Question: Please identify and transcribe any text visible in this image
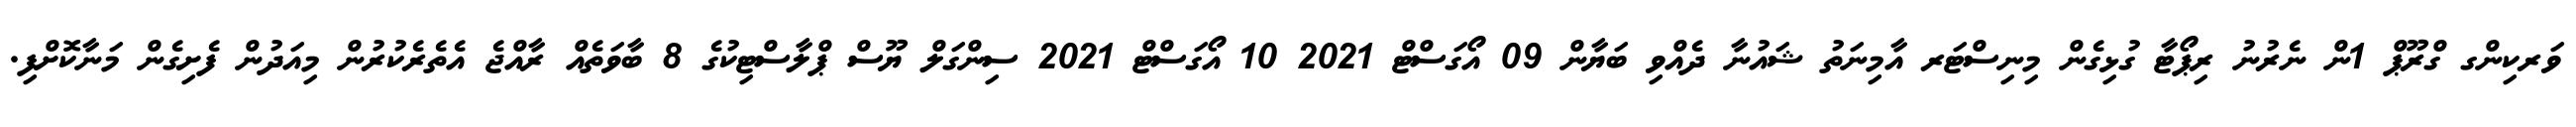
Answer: ވަރކިންގ ގްރޫޕް 1ން ނެރުނު ރިޕޯޓާ ގުޅިގެން މިނިސްޓަރ އާމިނަތު ޝައުނާ ދެއްވި ބަޔާން 09 އޯގަސްޓް 2021 10 އޯގަސްޓް 2021 ސިންގަލް ޔޫސް ޕްލާސްޓިކުގެ 8 ބާވަތެއް ރާއްޖެ އެތެރެކުރުން މިއަދުން ފެށިގެން މަނާކޮށްފި.